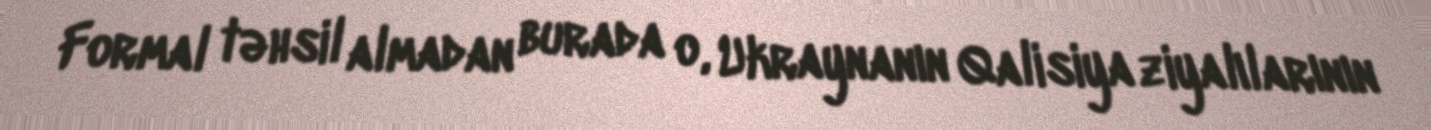
Formal təhsil almadan burada o, Ukraynanın Qalisiya ziyalılarının